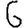
Digit: 6